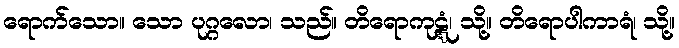
ရောက်သော။ သော ပုဂ္ဂလော၊ သည်။ တိရောကုဋ္ဋံ၊ သို့။ တိရောပါကာရံ၊ သို့။